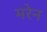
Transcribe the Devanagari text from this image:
मरेन